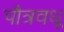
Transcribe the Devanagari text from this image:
पौत्रवधू